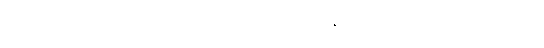
ဘုရားစကားတော်ကို။ ဂဏှာတိ၊ သင်ယူ၏။ အဋ္ဌ၊ န်သော။ သမာပတ္တိယော၊ တို့ကို။